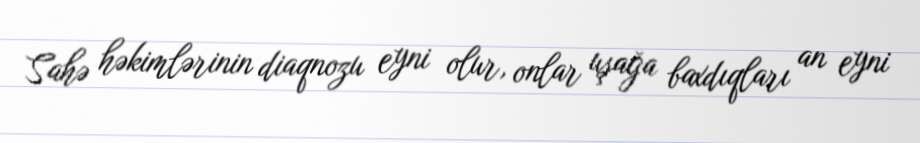
Sahə həkimlərinin diaqnozu eyni olur, onlar uşağa baxdıqları an eyni